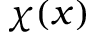
\chi ( x )